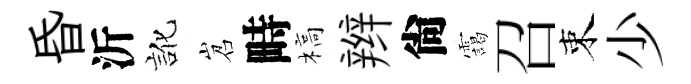
昏沂訛岧畤槁辫尙靄召束少